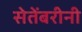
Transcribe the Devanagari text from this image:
सेतेंबरीनी